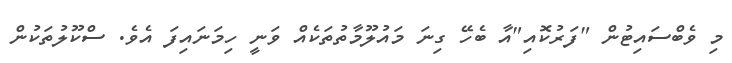
މި ވެބްސައިޓުން "ފަރުކޮއި"އާ ބެހޭ ގިނަ މައުލޫމާތުތަކެއް ވަނީ ހިމަނައިފަ އެވެ. ސްކޫލުތަކުން